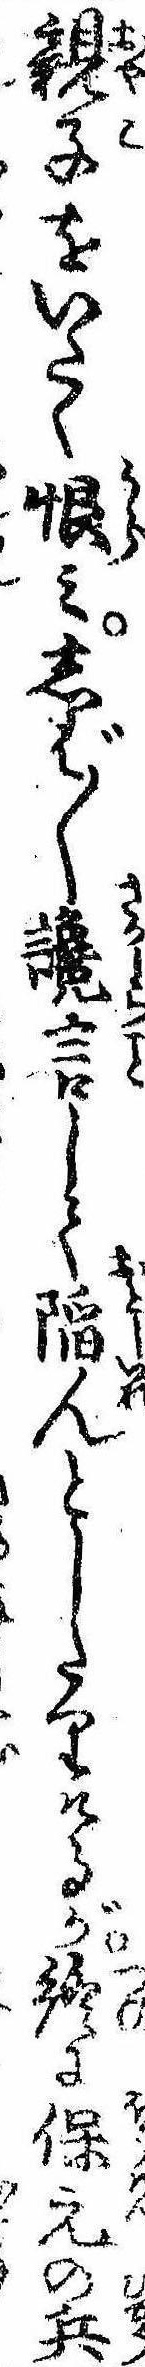
親子をいたく恨みしば〱讒言して陥んとしたりけるが終に保元の兵